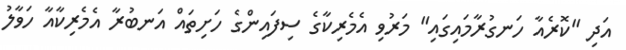
އަދި "ކޮރެއާ ހަނގުރާމައިގައި" މަރުވި އެމެރިކާގެ ސިފައިންގެ ހަށިތައް އަނބުރާ އެެމެރިކާއާ ހަވާލު